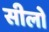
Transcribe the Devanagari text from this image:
सीलो